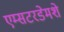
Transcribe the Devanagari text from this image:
एम्सटरडेमशे